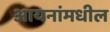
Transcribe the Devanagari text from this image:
आयनांमधील